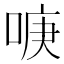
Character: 𱓒